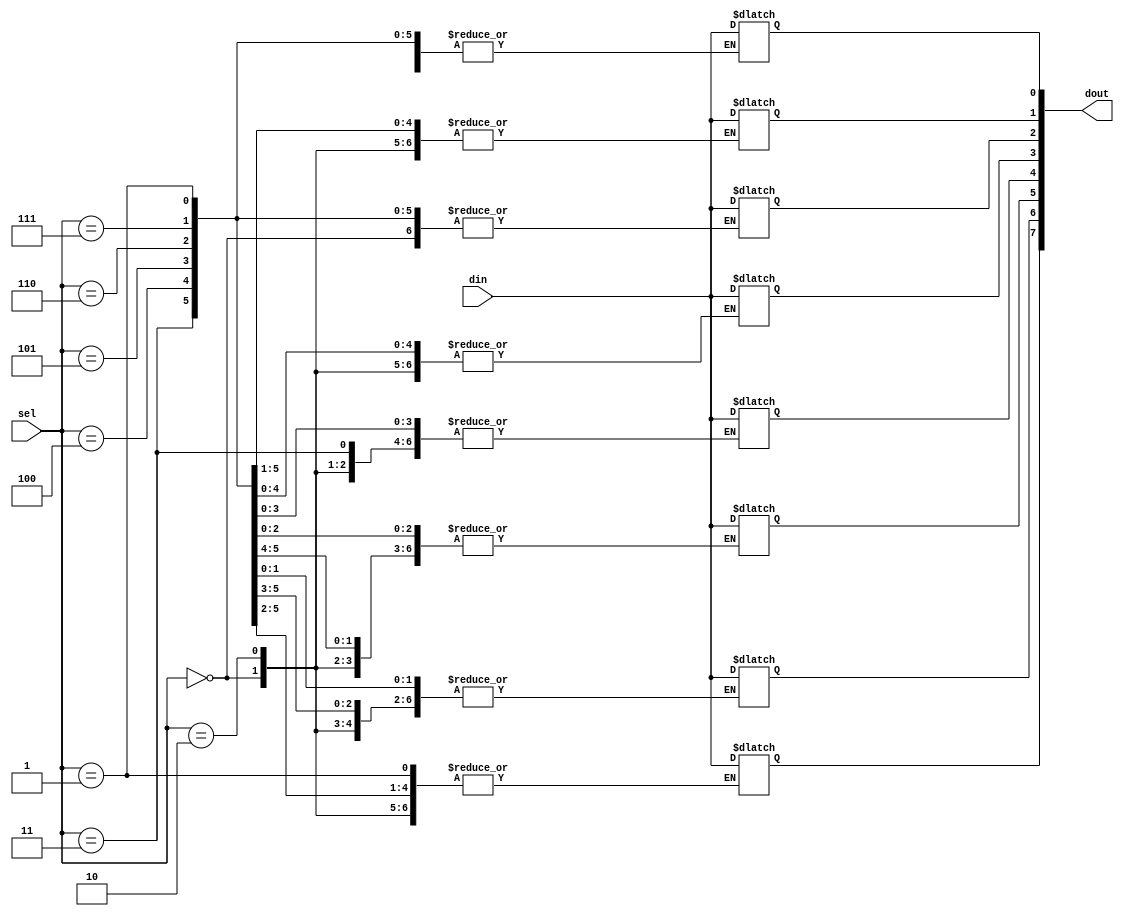
module demux(din, sel, dout);

    input din;
    input [2:0] sel;
    output [7:0] dout;

    reg [7:0] dout;
    
    always @(*) begin

    case (sel)
        3'b000:  dout[0] = din;
        3'b001:  dout[1] = din;
        3'b010:  dout[2] = din;
        3'b011:  dout[3] = din;
        3'b100:  dout[4] = din;
        3'b101:  dout[5] = din;
        3'b110:  dout[6] = din;
        3'b111:  dout[7] = din;
        default: dout = 8'hxx;
    endcase
        
    end

endmodule